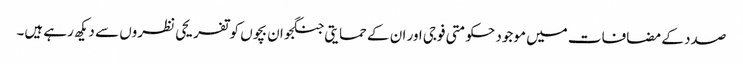
صدد کے مضافات میں موجود حکومتی فوجی اور ان کے حمایتی جنگجو ان بچوں کو تفریحی نظروں سے دیکھ رہے ہیں۔